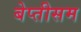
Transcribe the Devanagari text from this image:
बेप्तीसम